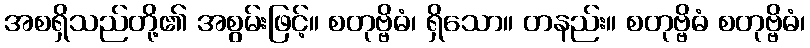
အစရှိသည်တို့၏ အစွမ်းဖြင့်။ စတုဗ္ဗိဓံ၊ ရှိသော။ တနည်း။ စတုဗ္ဗိဓံ စတုဗ္ဗိဓံ၊